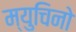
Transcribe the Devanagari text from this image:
म्युचिनो